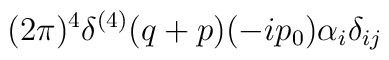
{\displaystyle(2\pi)^4\delta^{(4)}(q+p)(-ip_0)\alpha_i\delta_{ij}}